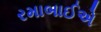
રમાબાઈએ